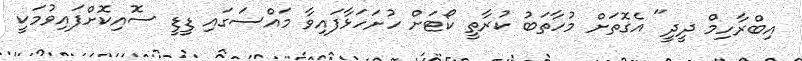
އިބްރާހިމް ދީދީ" އެގޮތަށް މުހާތަބު ކުރާތީ ކޯޓަށް ހުށަހަޅާފައިވާ މައްސަގައި ޑީޑީ ސޮއިކޮށްފައިވުމަކީ